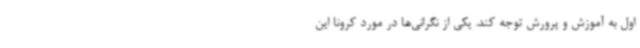
اول به آموزش و پرورش توجه کند. یکی از نگرانی‌ها در مورد کرونا این